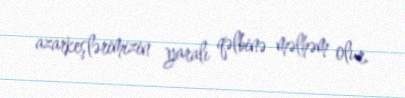
azarkeşlərimizin yaralı qəlbinə məlhəm olur.